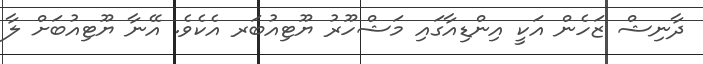
ދާނިޝް ޒަހެން އަކީ އިންޑިއާގައި މަޝްހޫރު ޔޫޓިއުބަރ އެކެވެ. އޭނާ ޔޫޓިއުބަށް ލާ